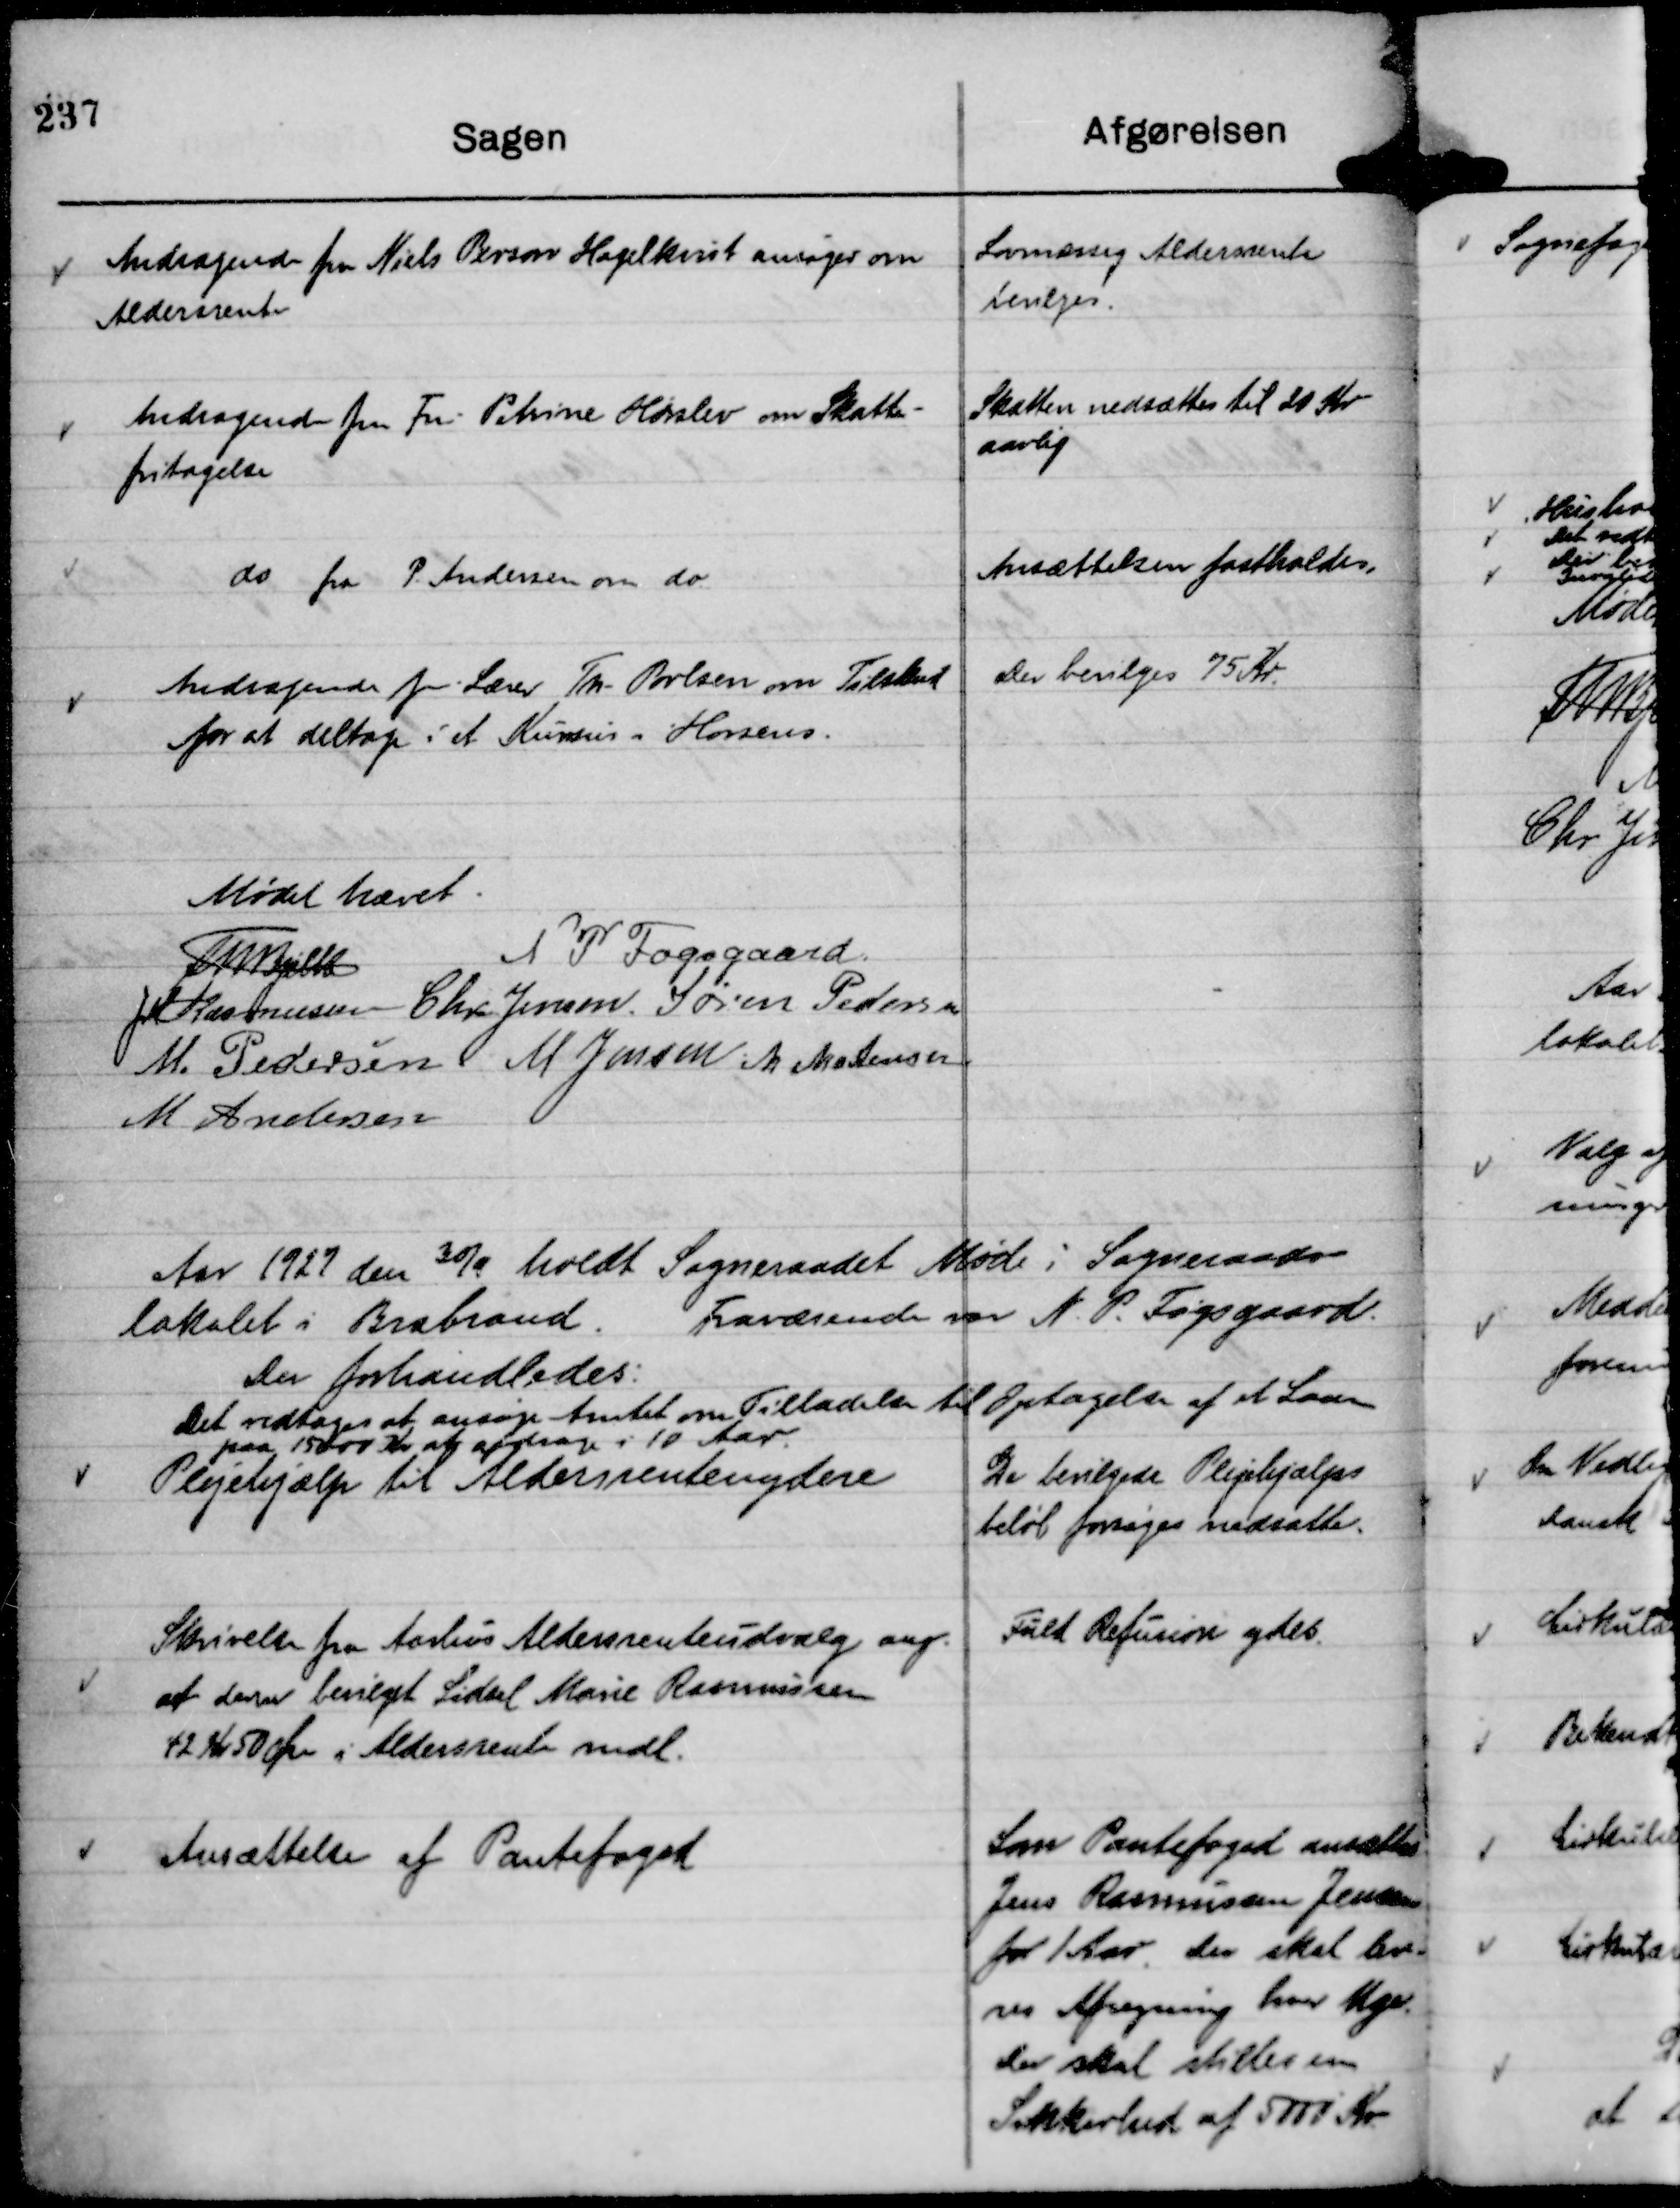
Transskription:
Andragende fra Niels Person Hagelkvist ansøger om
Aldersrente

Lovmæssig Aldersrente
bevilges.

Andragende fra Fru Petrine Hørslev om Skatte-
fritagelse

Skatten nedsættes til 20 Kr
aarlig

do fra P. Andersen om do.

Ansættelsen fastholdes.

Andragende fr. Lærer Th. Povlsen om Tilskud
for at deltage i et Kursus i Horsens.

Der bevilges 75 Kr.

Mødet hævet.
Th Bjelke
N P Fogsgaard.
JM Rasmussen
Chr Jensen.
Søren Pedersen
M. Pedersen
M Jensen
M Mortensen
M Andersen

Aar 1927 den 30/9 holdt Sogneraadet Møde i Sogneraads-
lokalet i Brabrand.
Fraværende var N. P. Fogsgaard.
Der forhandledes:

Det vedtoges at ansøge Amtet om Tilladelse til Optagelse af et Laan
paa 15000 Kr at afdrage i 10 Aar.

Plejehjælp til Aldersrentenydere

De bevilgede Plejehjælps
beløb forsøges nedsatte.

Skrivelse fra Aarhus Aldersrenteudvalg ang.
at der var bevilget Sidsel Marie Rasmussen
42 Kr 50 Øre i Aldersrente mdl.

Fuld Refusion ydes.

Ansættelse af Pantefoged

Som Pantefoged ansættes
Jens Rasmussen Jensen
for 1 Aar. Der skal leve-
res Afregning hver Uge.
Der skal stilles en
Sikkerhed af 5000 Kr.